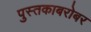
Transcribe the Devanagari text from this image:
पुस्तकाबरोबर